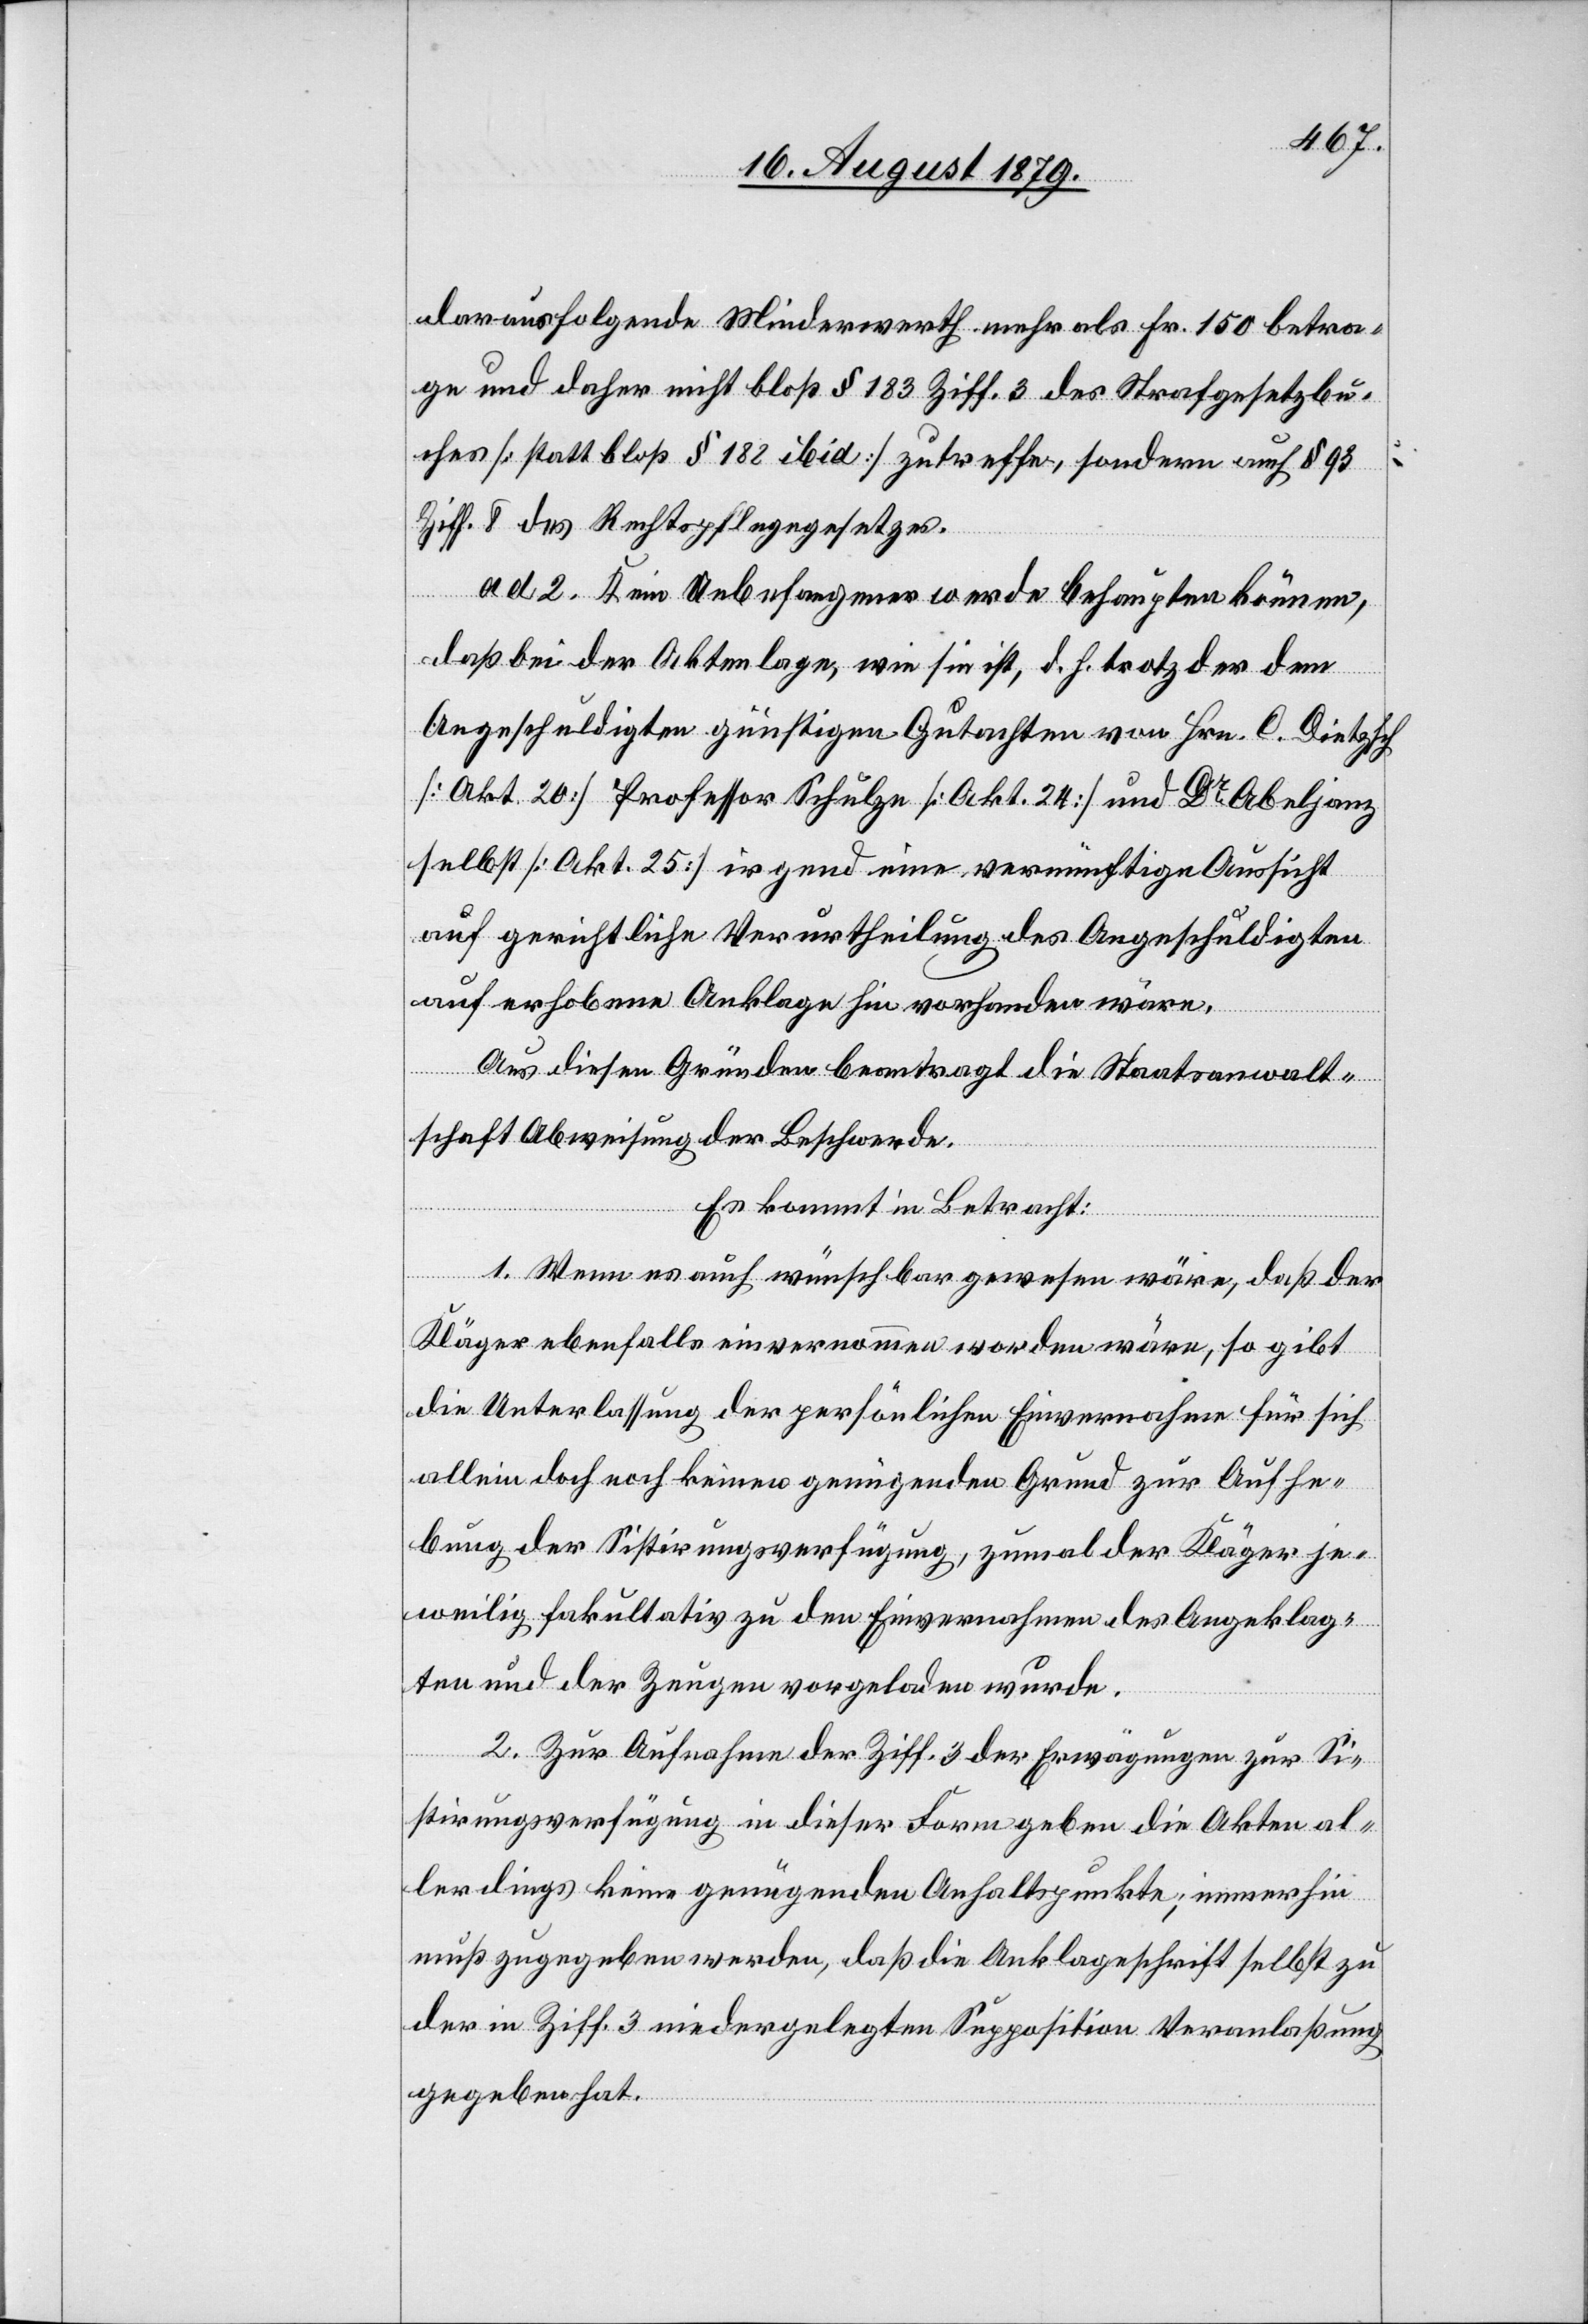
darausfolgende Wiederwerth mehr als Fr. 150 betra¬
ge und daher nicht bloß § 183 Ziff. 3 des Strafgesetzbu¬
ches [statt bloß § 188 ibid] zutreffe, sondern auch § 93
Ziff. 8 des Rechtspflegegesetzes.
ad 2. Kein Unbefangener werde behaupten können,
daß bei der Aktenlage, wie sie ist, d. h. trotz der dem
Angeschuldigten günstigen Gutachten von Hrn. C. Dietzsch
[Akt. 20] Professor Schulze [Akt. 24] und Dr Abeljanz
selbst [Akt. 25] irgend eine vernünftige Aussicht
auf gerichtliche Verurtheilung des Angeschuldigten
auf erhobene Anklage hin vorhanden wäre.
Aus diesen Gründen beantragt die Staatsanwalt¬
schaft Abweisung der Beschwerde.
Es kommt in Betracht:
1. Wenn es auch wünschbar gewesen wäre, daß der
Kläger ebenfalls einvernommen worden wäre, so gibt
die Unterlassung der persönlichen Einvernahme für sich
allein doch noch keinen genügenden Grund zur Aufhe¬
bung der Sistirungsverfügung, zumal der Kläger je¬
weilig fakultativ zu den Einvernahmen des Angeklag¬
ten und der Zeugen vorgeladen wurde.
2. Zur Aufnahme der Ziff. 3 der Erwägungen zur Si¬
stirungsverfügung in dieser Form geben die Akten al¬
lerdings keine genügenden Anhaltspunkte, immerhin
muß zugegeben werden, daß die Anklageschrift selbst zu
der in Ziff. 3 niedergelegten Supposition Veranlaßung
gegeben hat.